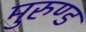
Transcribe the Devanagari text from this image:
मुरुण्ड